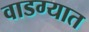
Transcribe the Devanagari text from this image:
वाडग्यात